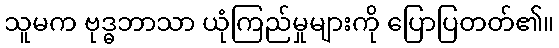
သူမက ဗုဒ္ဓဘာသာ ယုံကြည်မှုများကို ပြောပြတတ်၏။